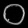
Digit: ၀